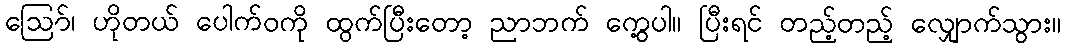
ဪ၊ ဟိုတယ် ပေါက်ဝကို ထွက်ပြီးတော့ ညာဘက် ကွေ့ပါ။ ပြီးရင် တည့်တည့် လျှောက်သွား။